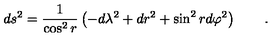
d s ^ { 2 } = \frac 1 { \cos ^ { 2 } r } \left( - d \lambda ^ { 2 } + d r ^ { 2 } + \sin ^ { 2 } r d \varphi ^ { 2 } \right) \qquad .